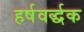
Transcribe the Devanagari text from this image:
हर्षवर्द्धक